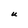
Character: U